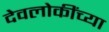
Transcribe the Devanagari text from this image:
देवलोकींच्या